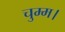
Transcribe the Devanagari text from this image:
चुम्म।